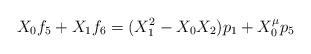
LaTeX: \begin{align*}X_{0}f_{5} + X_{1}f_{6} = (X_{1}^{2} - X_{0}X_{2})p_{1} + X_{0}^{\mu}p_{5}\end{align*}